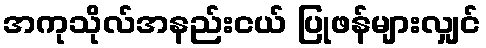
အကုသိုလ်အနည်းငယ် ပြုဖန်များလျှင်